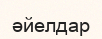
әйелдар